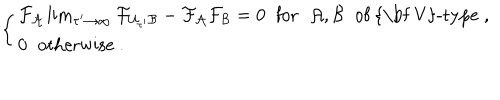
\left\{ \begin{array} { l } { { { \cal F _ { A } } \lim _ { \tau ^ { \prime } \rightarrow \infty } { \cal F } _ { { \cal U } _ { \tau ^ { \prime } } { \cal B } } - { \cal F _ { A } F _ { B } } = 0 \; \; \mathrm { f o r } \; \; { \cal A , B } \; \; \mathrm { o f ~ { \bf ~ V } - t y p e } \; , } } \\ { { 0 \; \; \mathrm { o t h e r w i s e } \; . } } \\ \end{array} \right.